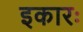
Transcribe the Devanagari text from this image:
इकारः